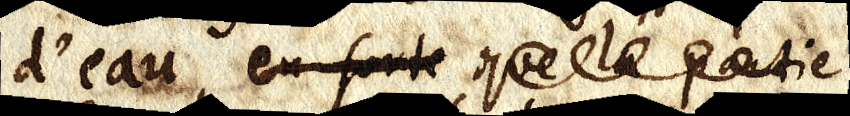
d’eau en forte quele partie